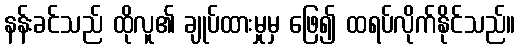
နန်းခင်သည် ထိုလူ၏ ချုပ်ထားမှုမှ ဖြေ၍ ထရပ်လိုက်နိုင်သည်။